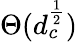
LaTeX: \Theta(d_{c}^{\frac{1}{2}})